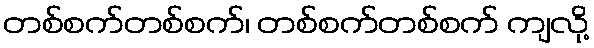
တစ်စက်တစ်စက်၊ တစ်စက်တစ်စက် ကျလို့